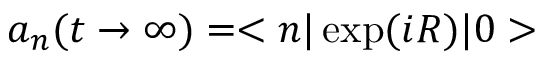
a _ { n } ( t \rightarrow \infty ) = < n | \exp ( i R ) | 0 >